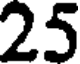
25